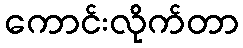
ကောင်းလိုက်တာ